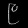
Digit: ၉